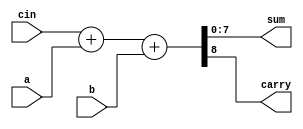
//Verilog HDL for "TEST", "adder_8biteasy" "functional"


module adder_8biteasy ( input [7:0] a,
            input [7:0] b,
            input cin,
            output [7:0] sum,
            output carry);


assign {carry, sum} = cin + a + b;

endmodule